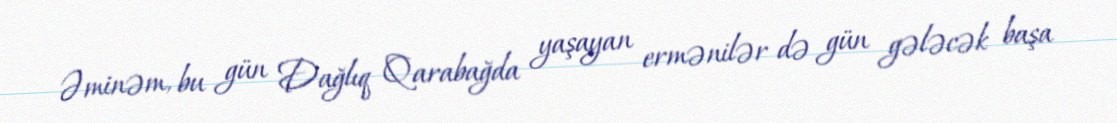
Əminəm, bu gün Dağlıq Qarabağda yaşayan ermənilər də gün gələcək başa